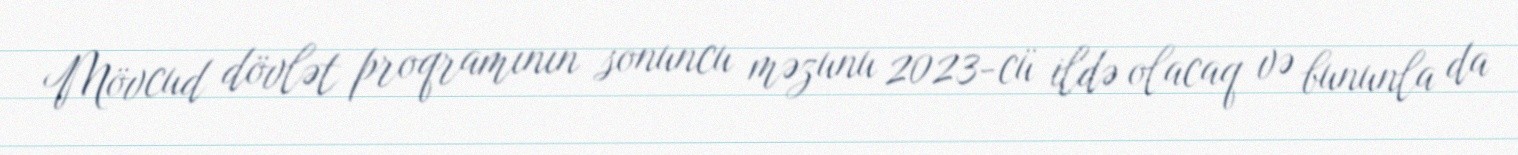
Mövcud dövlət proqramının sonuncu məzunu 2023-cü ildə olacaq və bununla da